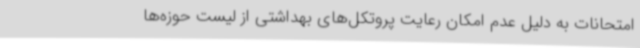
امتحانات به دلیل عدم امکان رعایت پروتکل‌های بهداشتی از لیست حوزه‌ها